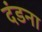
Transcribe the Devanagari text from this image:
दंडना